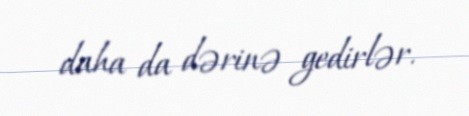
daha da dərinə gedirlər.